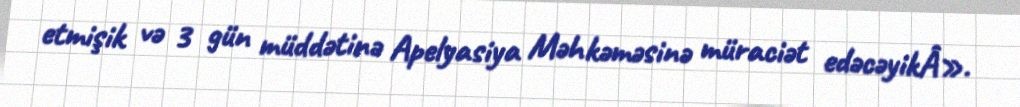
etmişik və 3 gün müddətinə Apelyasiya Məhkəməsinə müraciət edəcəyikÂ».